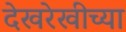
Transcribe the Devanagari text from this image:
देखरेखीच्या